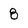
Character: 8